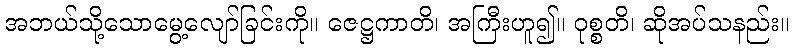
အဘယ်သို့သောမွေ့လျော်ခြင်းကို။ ဇေဋ္ဌကာတိ၊ အကြီးဟူ၍။ ဝုစ္စတိ၊ ဆိုအပ်သနည်း။